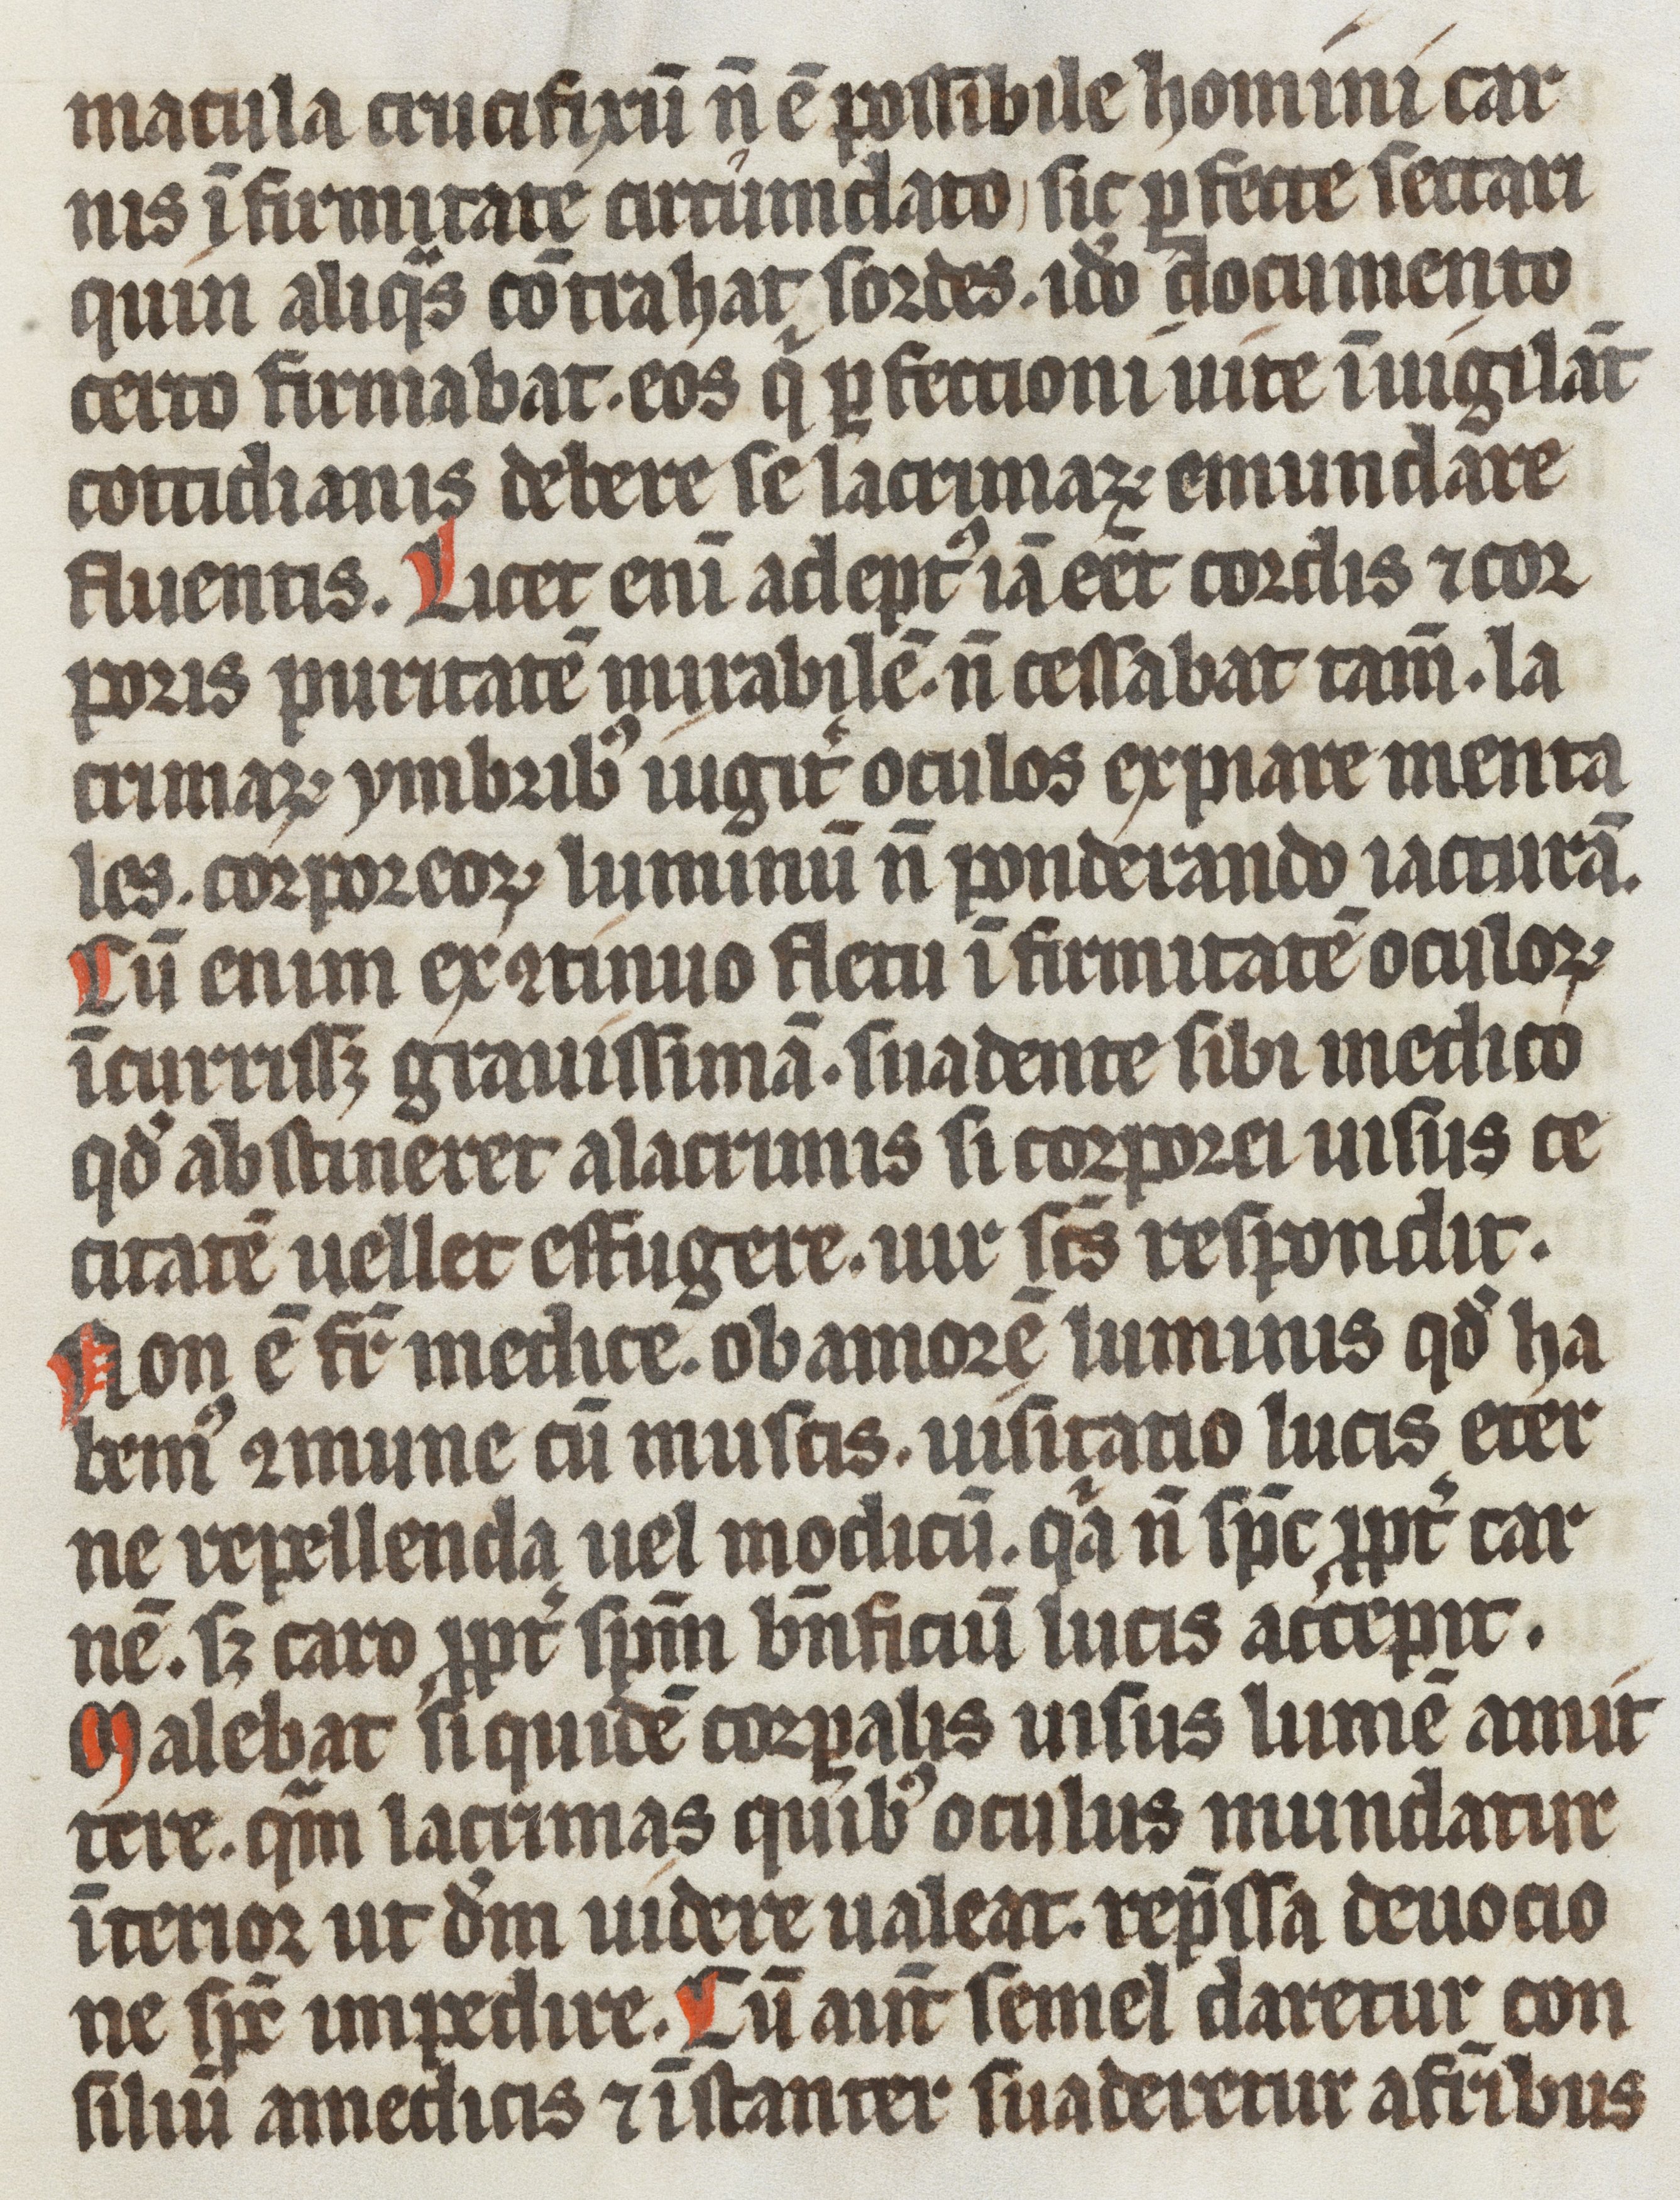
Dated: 1337–1337